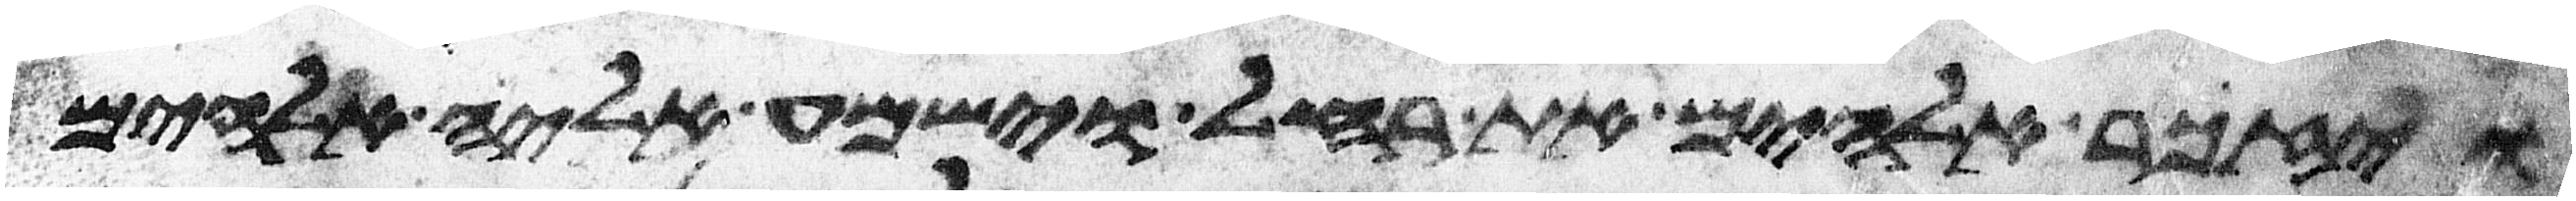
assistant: ויזכר אלהים את רחל וישמע אליה אלהים